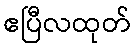
ဧပြီလထုတ်